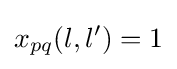
x_{pq}(l,l^{\prime })=1